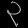
Digit: ၃